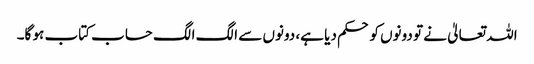
اللہ تعالیٰ نے تو دونوں کو حکم دیا ہے، دونوں سے الگ الگ حساب کتاب ہو گا۔